system: You are a helpful assistant.
user:
Analyze the provided spectrum to determine if it is a **"Cataclysmic Variables (CV)"**.

- **Key Indicators for CV (Check for either state):**
    - **State 1: Quiescent / Low-State (Emission-Dominated)**
        - **(Primary):** Strong and *very broad* Hydrogen Balmer emission lines (e.g., $H\alpha$ at 6563 Å, $H\beta$ at 4861 Å). The 'broadness' (high velocity dispersion, often FWHM > 1000 km/s) is the key diagnostic, indicating a high-velocity accretion disk.
        - **(Secondary):** Broad neutral Helium (He I) emission lines (e.g., 5876 Å, 6678 Å).
        - **(Key Confirmation):** Presence of high-excitation *ionized* Helium (He II) emission at 4686 Å. This is a strong indicator of accretion onto a white dwarf.
        - **(Line Profile):** Emission lines may exhibit a 'double-peaked' profile, which is a classic signature of a rotating accretion disk viewed at high inclination.

    - **State 2: Outburst / High-State (Absorption-Dominated)**
        - **(Primary):** Spectrum is dominated by a bright, blue continuum (looks like a hot star).
        - **(Secondary):** The emission lines from State 1 are weak, absent, or 'filled in', and are replaced by broad, shallow *absorption* lines (primarily Balmer and He I).
        - **(Morphology):** The overall spectrum mimics a hot B/A-type star. The crucial difference is that the absorption lines are significantly broader, shallower, and more 'washed-out' (or 'smeared') than the sharp lines of a normal stellar photosphere, due to high rotational speeds and pressure broadening in the disk.

Think first, call **spectral_visualization_tool** if needed to examine features in detail, then provide your final answer. Your response must adhere to the following strict rules:
1.  **Overall Structure:** Your response must follow the format `<think>...</think> <tool_call>...</tool_call> (if a tool is used) <answer>...</answer>`.
2.  **Tool Usage Constraint:** You may only make **one** tool call per turn.
3.  **Final Answer Format:** In the `<answer>` tag, your conclusion must be inside a `\boxed{}` command (e.g., `\boxed{YES}`), followed by your justification.

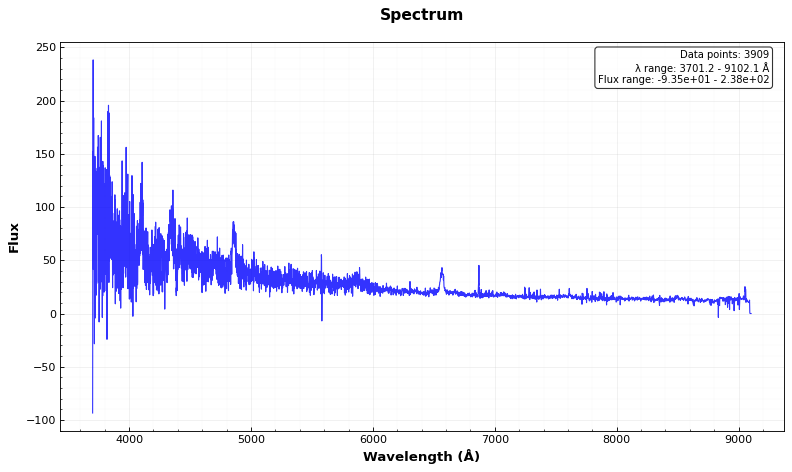
Answer: YES